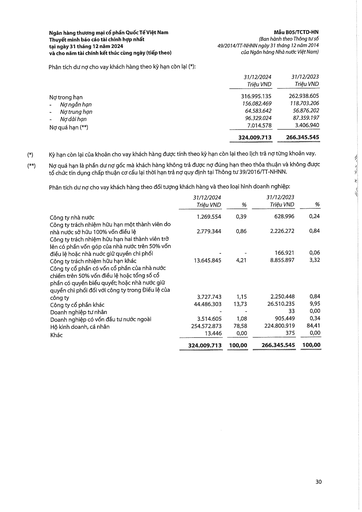
||31/12/2024 Triệu VND|31/12/2023 Triệu VND| |---|---|---| |Nợ trong hạn|316.995.135|262.938.605| |- Nợ ngắn hạn|156.082.469|118.703.206| |- Nợ trung hạn|64.583.642|56.876.202| |- Nợ dài hạn|96.329.024|87.359.197| |Nợ quá hạn (**)|7.014.578|3.406.940| ||324.009.713|266.345.545| ||31/12/2024 Triệu VND|%|31/12/2023 Triệu VND|%| |---|---|---|---|---| |Công ty nhà nước|1.269.554|0,39|628.996|0,24| |Công ty trách nhiệm hữu hạn một thành viên do nhà nước sở hữu 100% vốn điều lệ|2.779.344|0,86|2.226.272|0,84| |Công ty trách nhiệm hữu hạn hai thành viên trở lên có phần vốn góp của nhà nước trên 50% vốn điều lệ hoặc nhà nước giữ quyền chi phối|–|–|166.921|0,06| |Công ty trách nhiệm hữu hạn khác|13.645.845|4,21|8.855.897|3,32| |Công ty cổ phần có vốn cổ phần của nhà nước chiếm trên 50% vốn điều lệ hoặc tổng số cổ phần có quyền biểu quyết; hoặc nhà nước giữ quyền chi phối đối với công ty trong điều lệ của công ty|3.727.743|1,15|2.250.448|0,84| |Công ty cổ phần khác|44.486.303|13,73|26.510.235|9,95| |Doanh nghiệp tư nhân|–|–|33|0,00| |Doanh nghiệp có vốn đầu tư nước ngoài|3.514.605|1,08|905.449|0,34| |Hộ kinh doanh, cá nhân|254.572.873|78,58|224.800.919|84,41| |Khác|13.446|0,00|375|0,00| ||324.009.713|100,00|266.345.545|100,00|